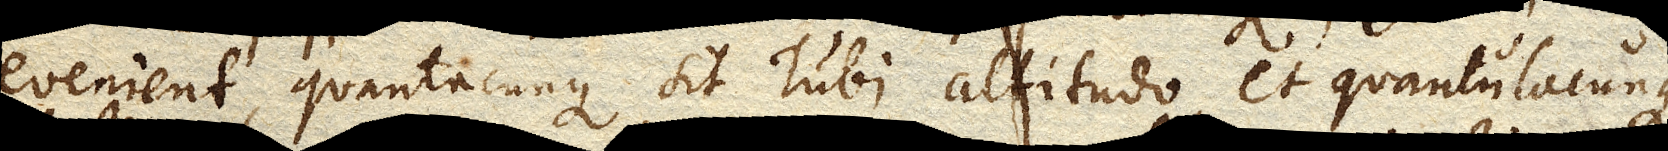
evenient, quantacunque sit Tubi altitudo, et quantulacunque